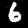
Digit: 6